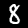
Label: 8